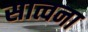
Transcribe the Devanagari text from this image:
सात्वना